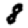
Digit: 8